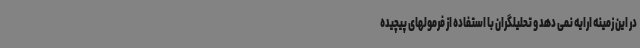
در این زمینه ارایه نمی دهد و تحلیلگران با استفاده از فرمولهای پیچیده